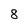
Character: 8